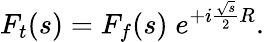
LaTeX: F_{t}(s)=F_{f}(s)\; e^{+i\frac{\sqrt{s}}{2}R}.